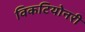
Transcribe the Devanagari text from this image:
विकटियोनरी